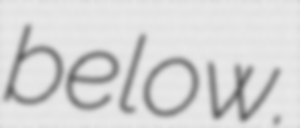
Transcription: below.